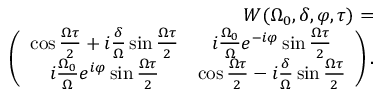
\begin{array} { r } { W ( \Omega _ { 0 } , \delta , \varphi , \tau ) = } \\ { \quad \left( \begin{array} { c c } { \cos { \frac { \Omega \tau } { 2 } } + i \frac { \delta } { \Omega } \sin { \frac { \Omega \tau } { 2 } } } & { i \frac { \Omega _ { 0 } } { \Omega } e ^ { - i \varphi } \sin { \frac { \Omega \tau } { 2 } } } \\ { i \frac { \Omega _ { 0 } } { \Omega } e ^ { i \varphi } \sin { \frac { \Omega \tau } { 2 } } } & { \cos { \frac { \Omega \tau } { 2 } } - i \frac { \delta } { \Omega } \sin { \frac { \Omega \tau } { 2 } } } \end{array} \right) . } \end{array}